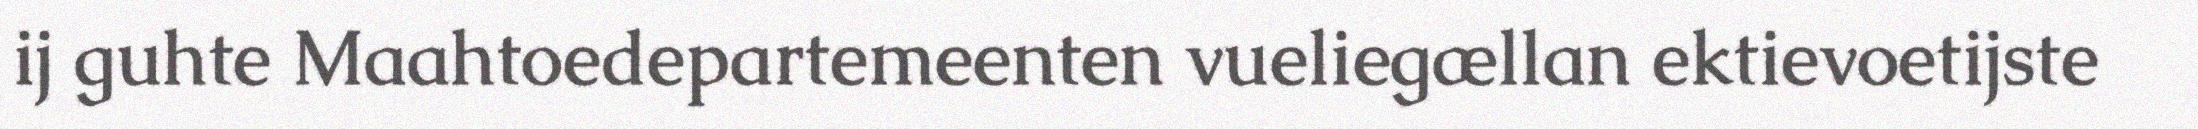
ij guhte Maahtoedepartemeenten vueliegællan ektievoetijste